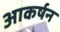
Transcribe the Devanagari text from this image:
आकर्षन